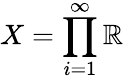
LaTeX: X=\prod_{i=1}^{\infty}\mathbb{R}